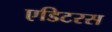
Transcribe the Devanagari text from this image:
एडिटरस